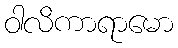
ဝါလိကာရာမော